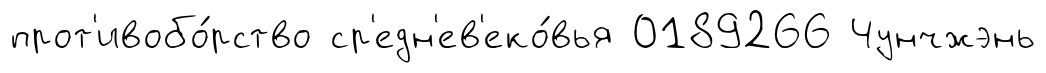
прот'ивобо́рство ср'едн'ев'еко́вья 0189266 Чунчжэнь